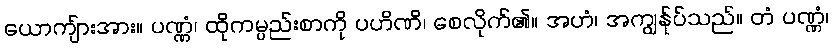
ယောကျ်ားအား။ ပဏ္ဏံ၊ ထိုကမ္ပည်းစာကို ပဟိဏိ၊ စေလိုက်၏။ အဟံ၊ အကျွန်ုပ်သည်။ တံ ပဏ္ဏံ၊